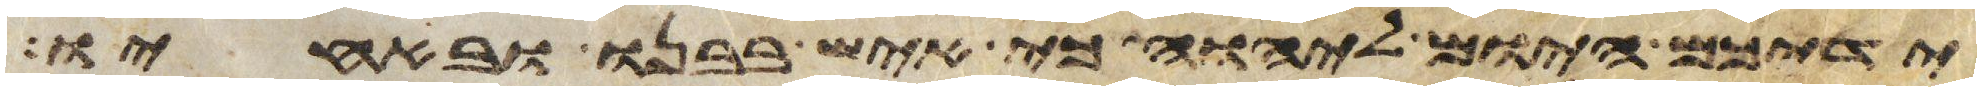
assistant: ידיכם היום ליהוה כי איש בבנו ובאחיו